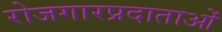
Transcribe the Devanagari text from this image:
रोजगारप्रदाताओं